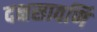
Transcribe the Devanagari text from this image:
दक्षसावर्णि